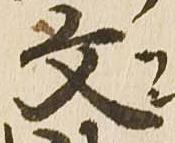
文